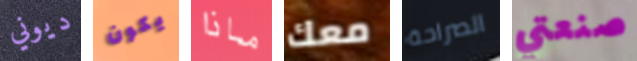
ديوني يكون ماذا معك الصراحة صنعتي